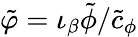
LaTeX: \tilde{\varphi}=\iota_{\beta}\tilde{\phi}/\tilde{c}_{\phi}